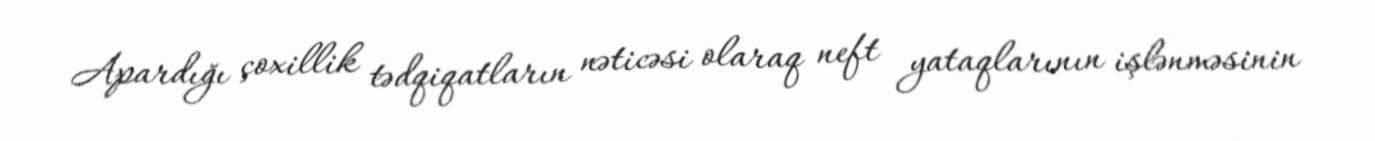
Apardığı çoxillik tədqiqatların nəticəsi olaraq neft yataqlarının işlənməsinin